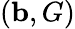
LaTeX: (\mathbf{b},G)